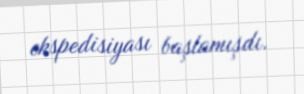
ekspedisiyası başlamışdı.